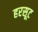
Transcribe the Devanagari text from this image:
हरसूट